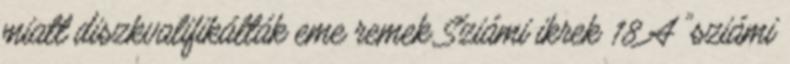
miatt diszkvalifikálták eme remek Sziámi ikrek 18 A "sziámi